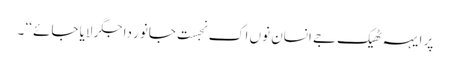
پر ایہہ ٹھیک جے انسان نوں اک نجست جانور دا جگر لایا جائے ‘‘ ۔